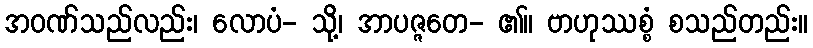
အဝဏ်သည်လည်း၊ လောပံ- သို့၊ အာပဇ္ဇတေ- ၏။ ဗာဟုဿစ္စံ စသည်တည်း။